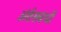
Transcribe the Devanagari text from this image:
अंर्तसबंधों